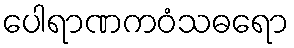
ပေါရာဏကဝံသဓရော